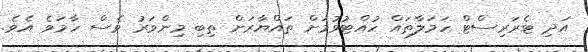
އަދި ޓެރަރިސްޓް ހަމަލާތައް ހުއްޓުވުމަށް ތައްޔާރަށް ތިބި މިންވަރު ވެސް ހާމަވެ އެވެ.